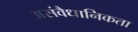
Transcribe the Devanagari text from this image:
असंवैधानिकता